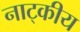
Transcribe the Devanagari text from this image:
नाट्कीय